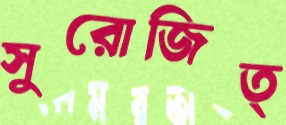
সুরোজিত্